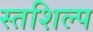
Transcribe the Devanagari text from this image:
स्‍तशिल्प